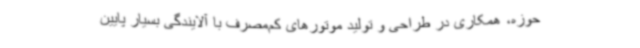
حوزه، همکاری در طراحی و تولید موتورهای کم‌مصرف با آلایندگی بسیار پایین